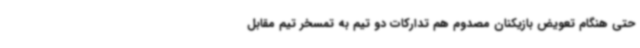
حتی هنگام تعویض بازیکنان مصدوم هم تدارکات دو تیم به تمسخر تیم مقابل